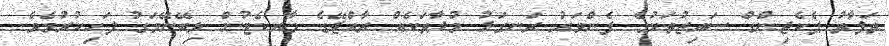
ތަފާތު ޕެކެޖިންގް ސައިޒުތަކުގެ ފެންވަރު ރަނގަޅު މުދާތަކެއް ރާއްޖޭގެ މާރކެޓުން ލިބޭނޭމަގު ފަހިކުރުމެވެ.